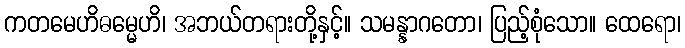
ကတမေဟိဓမ္မေဟိ၊ အဘယ်တရားတို့နှင့်။ သမန္နာဂတော၊ ပြည့်စုံသော။ ထေရော၊